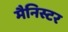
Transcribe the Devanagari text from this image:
मैनिस्टर